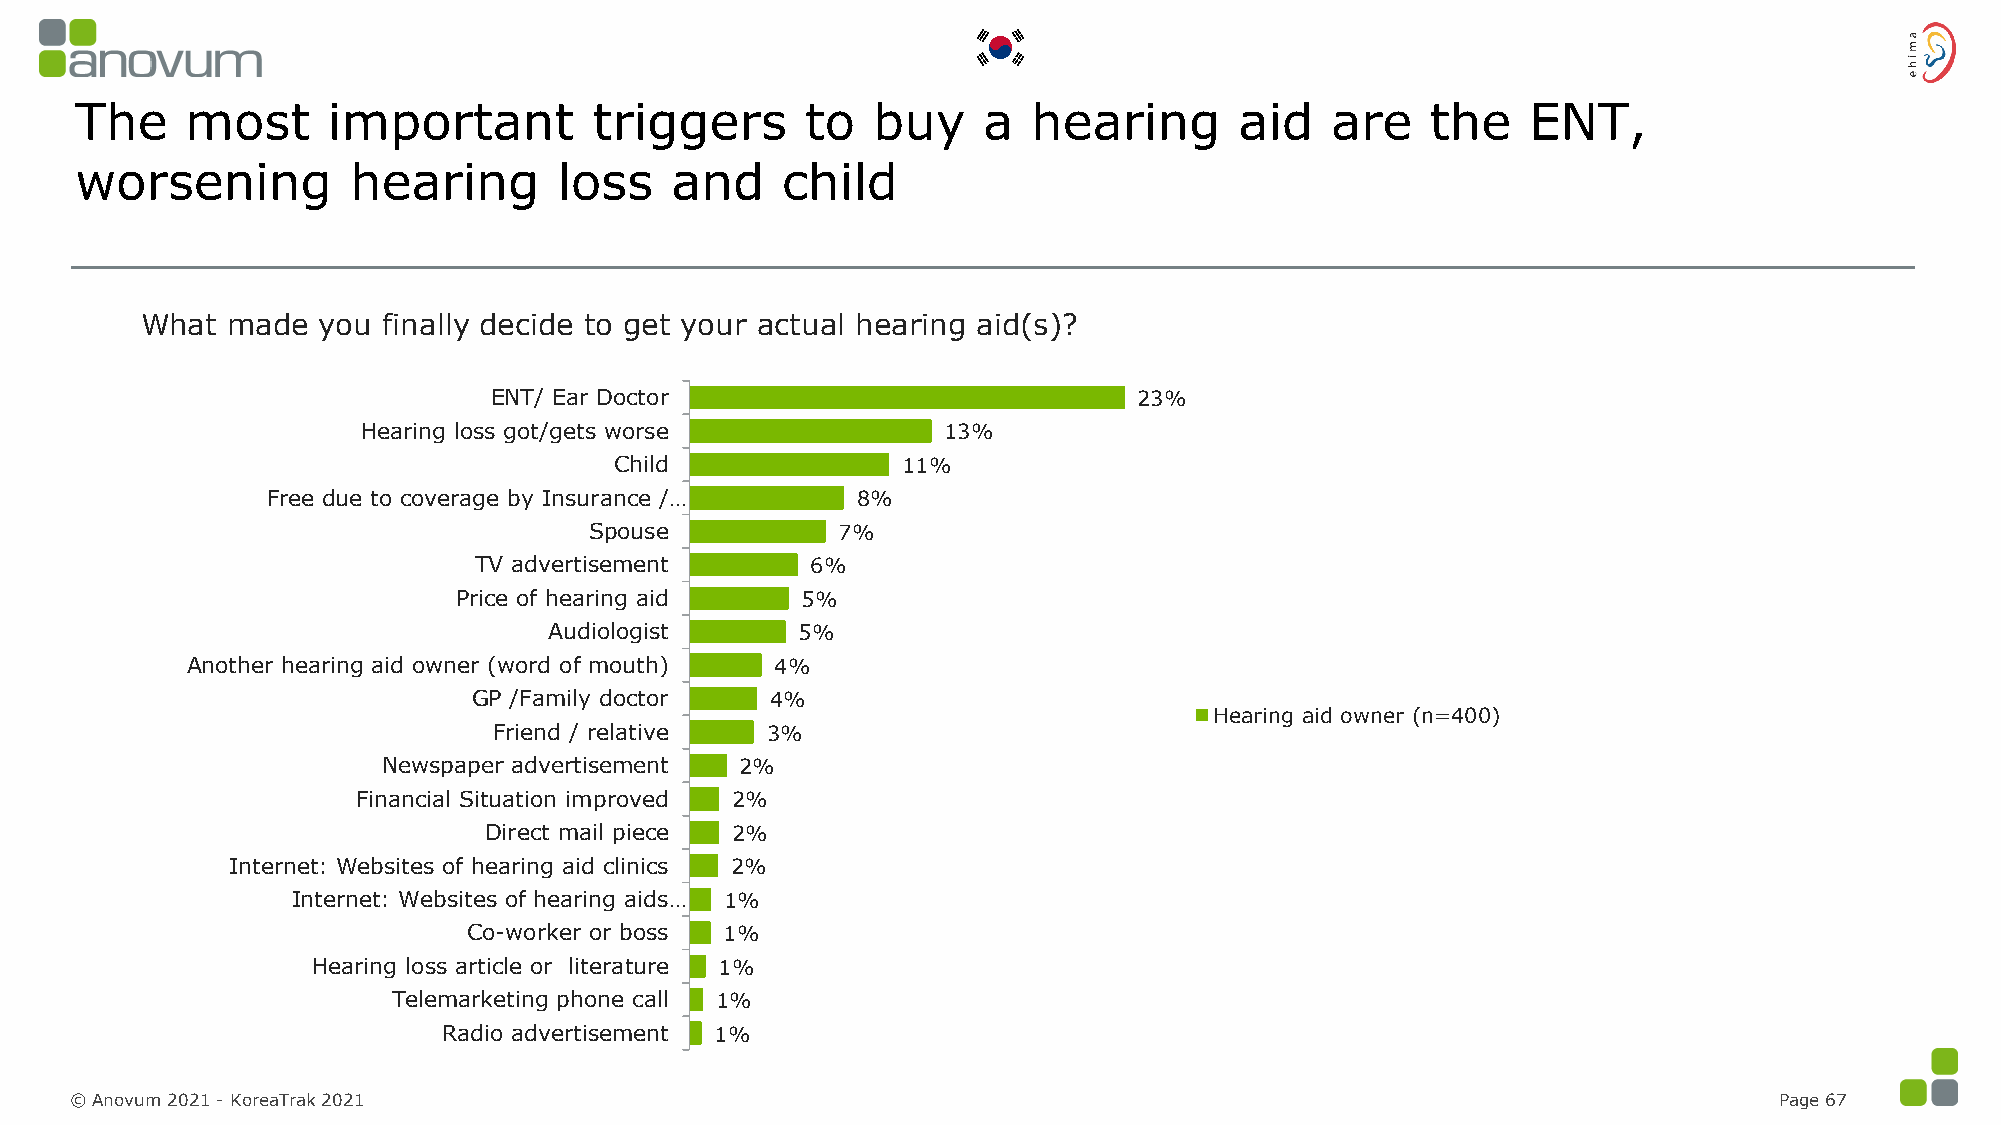
The    most      important        triggers      to   buy    a  hearing       aid   are    the   ENT,
 worsening         hearing       loss   and     child
 What  made  you finally decide to get your actual hearing aid(s)?
 ENT/ Ear Doctor                            23%
 Hearing loss got/gets worse           13%
 Child              11%
 Free due to coverage by Insurance /…   8%
 Spouse          7%
 TV advertisement       6%
 Price of hearing aid   5%
 Audiologist      5%
 Another hearing aid owner (word of mouth) 4%
 GP /Family doctor   4%
 Hearing aid owner (n=400)
 Friend / relative 3%
 Newspaper advertisement 2%
 Financial Situation improved 2%
 Direct mail piece 2%
 Internet: Websites of hearing aid clinics 2%
 Internet: Websites of hearing aids… 1%
 Co-worker or boss 1%
 Hearing loss article or literature 1%
 Telemarketing phone call 1%
 Radio advertisement 1%
 © Anovum 2021 -KoreaTrak2021                                                                                     Page 67